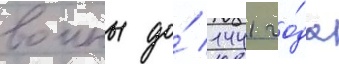
воины до́ 1441 го́да